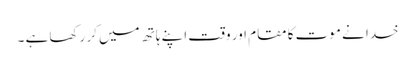
خدا نے موت کا مقام اور وقت اپنے ہاتھ میں کر رکھا ہے ۔